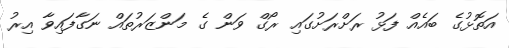
އަތޮޅުގެ ބައެއް ފަޅު ރަށްރަށުގައި ރޯގް ވަން ގެ މަންޒަރުތައް ނަގާފައިވާ އިރު